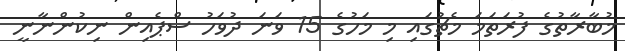
މުބާރާތުގެ ފުރަތަމަ މެޗުގައި މި މަހުގެ 15 ވަނަ ދުވަހު ސްޕެއިން ނިކުންނާނީ